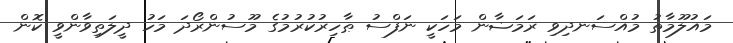
މައުލޫމާތު މުއްސަނދިވި ރަމަޟާން މަހަކީ ނަފްސު ޠާހިރުކުރުމުގެ މޫސުންރޯދަ މަހު ދީލަތިވާންވީ ކޮން